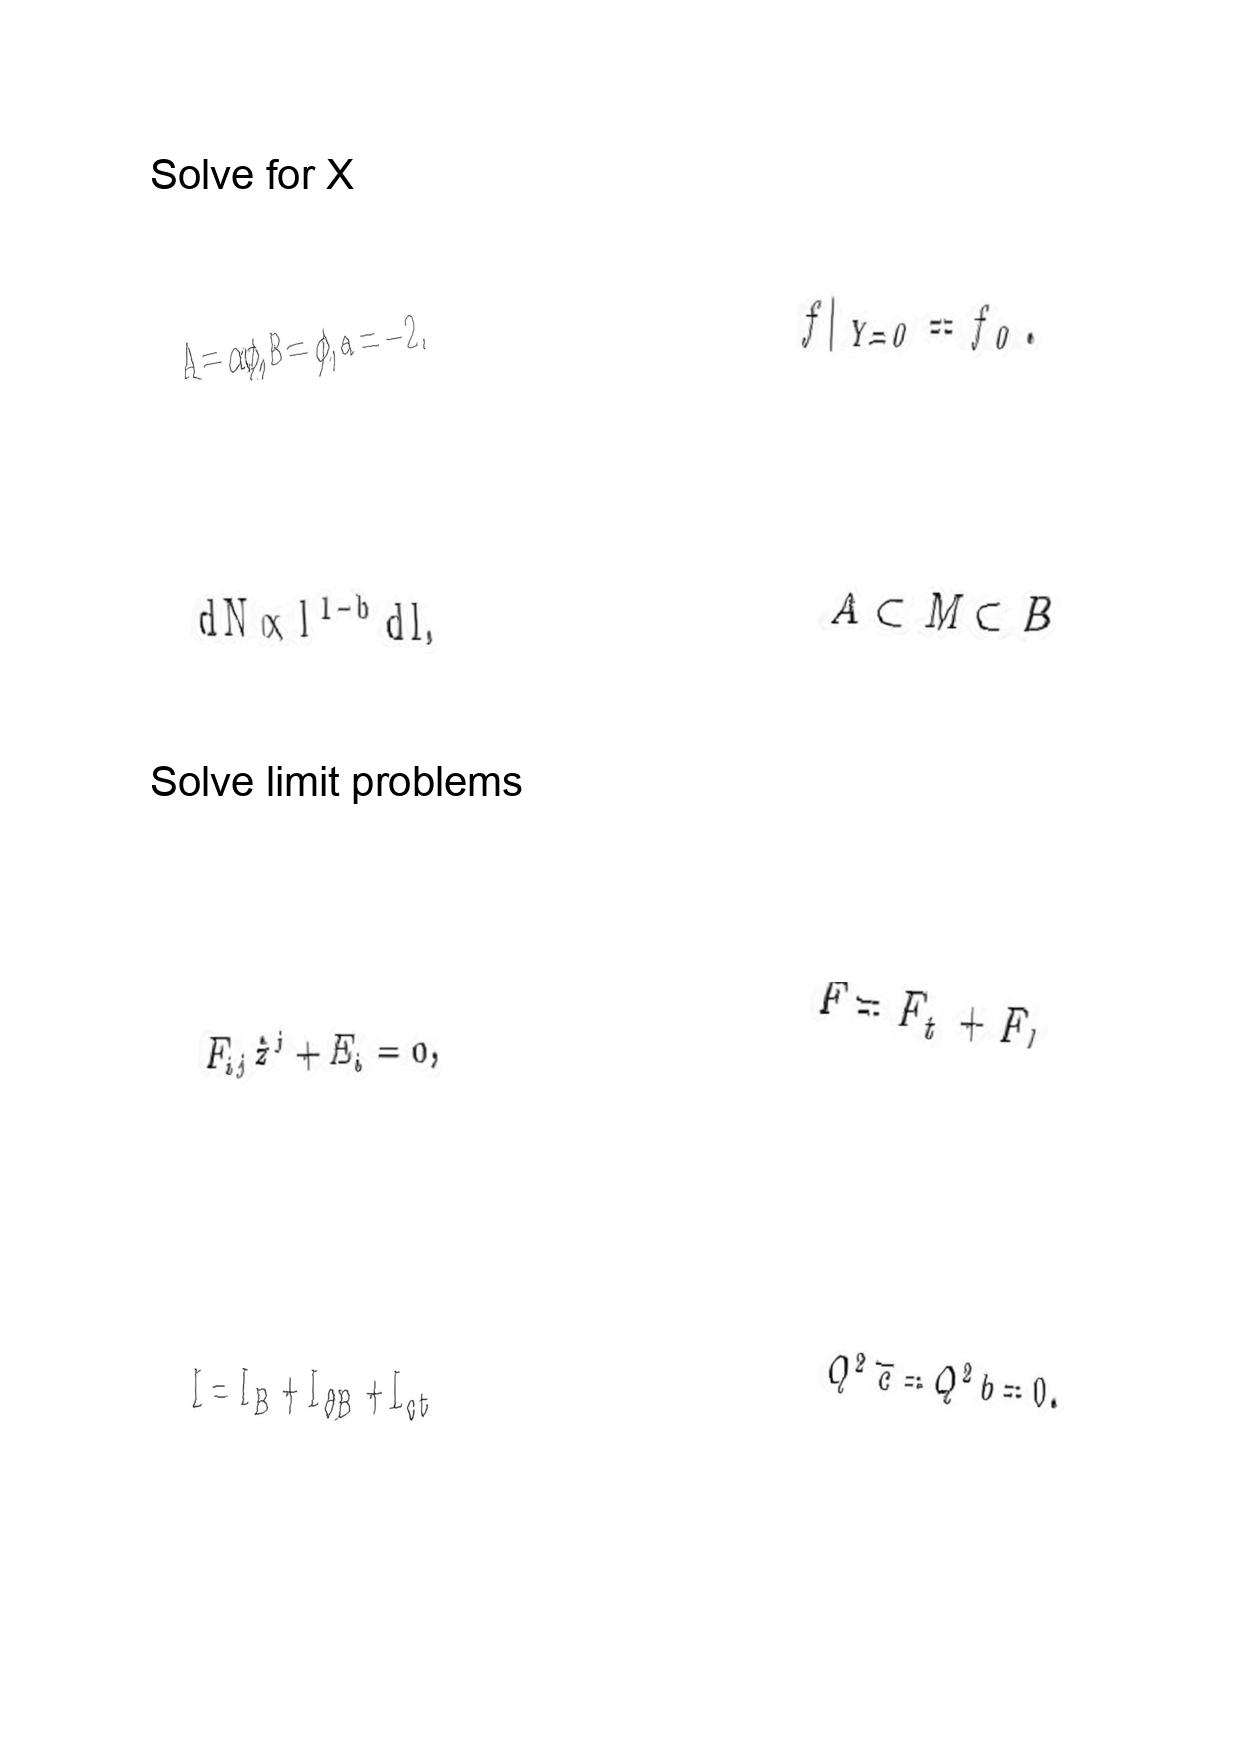
LaTeX transcription:
A = \alpha \phi , B = \phi , a = - 2 .
d N \propto l ^ { 1 - b } d l ,
F _ { i j } \dot { z } ^ { j } + E _ { i } = 0 ,
I = I _ { B } + I _ { \partial B } + I _ { c t }
f \vert _ { Y = 0 } = f _ { 0 } .
A \subset M \subset B
F = F _ { t } + F _ { l }
Q ^ { 2 } \overline { c } = Q ^ { 2 } b = 0 .